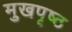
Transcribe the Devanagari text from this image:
मुखपृष्‍ठ